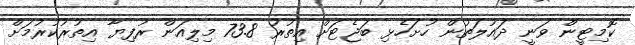
ކޮމިޓީން ވަނީ ދައުލަތުން ހުށަހެޅި ބަޖެޓަށް އިތުރު 73.8 މިލިއަން ރުފިޔާ އިތުރުކުރުމަށް